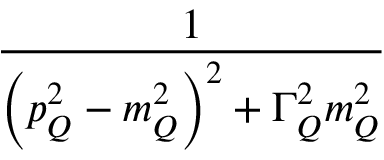
\frac { 1 } { \left( p _ { Q } ^ { 2 } - m _ { Q } ^ { 2 } \right) ^ { 2 } + \Gamma _ { Q } ^ { 2 } m _ { Q } ^ { 2 } }